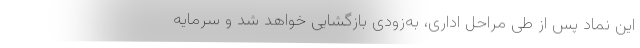
این نماد پس از طی مراحل اداری، به‌زودی بازگشایی خواهد شد و سرمایه